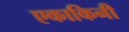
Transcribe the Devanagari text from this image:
एकाकिनी